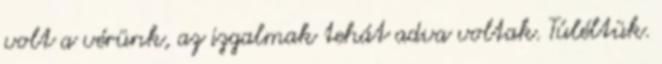
volt a vérünk, az izgalmak tehát adva voltak. Túléltük.